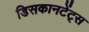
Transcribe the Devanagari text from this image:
डिसकानटेंट्स